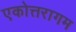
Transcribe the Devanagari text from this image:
एकोत्तरागम